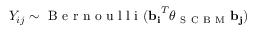
{ Y _ { i j } \sim \textrm { B e r n o u l l i } ( \mathbf { \mathbf { b } _ { i } } ^ { T } \boldsymbol { \theta } _ { \mathrm { ~ S ~ C ~ B ~ M ~ } } \mathbf { b _ { j } } ) }